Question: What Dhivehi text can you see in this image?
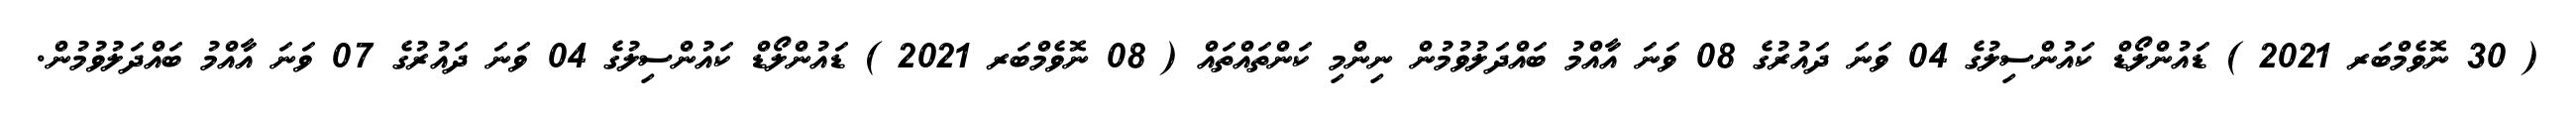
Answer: ( 30 ނޮވެމްބަރ 2021 ) ޑައުންލޯޑް ކައުންސިލުގެ 04 ވަނަ ދައުރުގެ 08 ވަނަ އާއްމު ބައްދަލުވުމުން ނިންމި ކަންތައްތައް ( 08 ނޮވެމްބަރ 2021 ) ޑައުންލޯޑް ކައުންސިލުގެ 04 ވަނަ ދައުރުގެ 07 ވަނަ އާއްމު ބައްދަލުވުމުން.